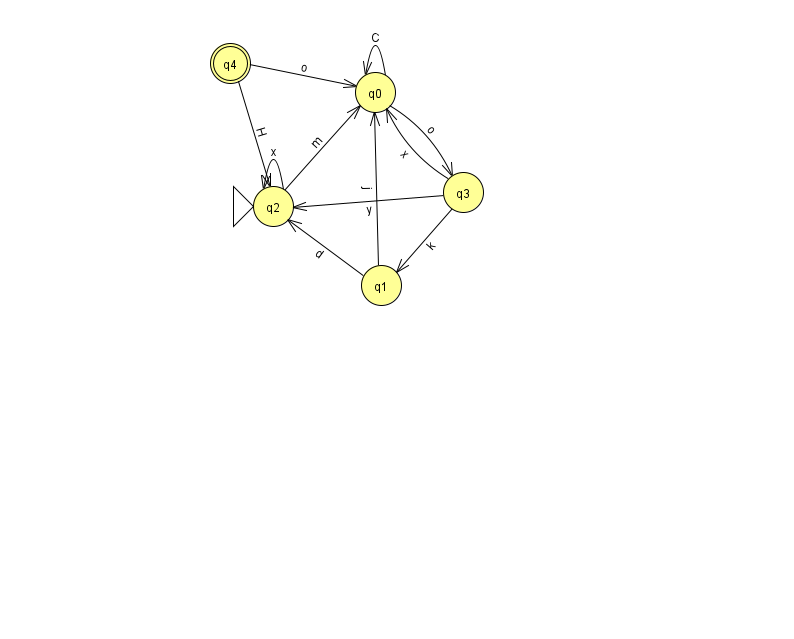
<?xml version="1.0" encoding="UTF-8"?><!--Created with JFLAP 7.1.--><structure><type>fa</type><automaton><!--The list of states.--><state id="0" name="q0"><x>375.0</x><y>79.0</y></state><state id="1" name="q1"><x>381.0</x><y>272.0</y></state><state id="2" name="q2"><x>273.0</x><y>193.0</y><initial/></state><state id="3" name="q3"><x>463.0</x><y>179.0</y></state><state id="4" name="q4"><x>230.0</x><y>50.0</y><final/></state><!--The list of transitions.--><transition><from>3</from><to>2</to><read>y</read></transition><transition><from>0</from><to>0</to><read>C</read></transition><transition><from>4</from><to>0</to><read>o</read></transition><transition><from>2</from><to>0</to><read>m</read></transition><transition><from>1</from><to>0</to><read>j</read></transition><transition><from>2</from><to>2</to><read>x</read></transition><transition><from>3</from><to>0</to><read>x</read></transition><transition><from>4</from><to>2</to><read>H</read></transition><transition><from>3</from><to>1</to><read>k</read></transition><transition><from>1</from><to>2</to><read>d</read></transition><transition><from>0</from><to>3</to><read>o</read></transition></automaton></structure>